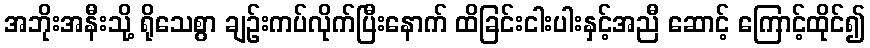
အဘိုးအနီးသို့ ရိုသေစွာ ချဉ်းကပ်လိုက်ပြီးနောက် ထိခြင်းငါးပါးနှင့်အညီ ဆောင့် ကြောင့်ထိုင်၍